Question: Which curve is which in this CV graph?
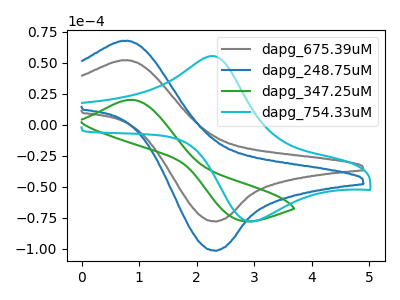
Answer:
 <answer>The gray curve is labeled "dapg_675.39uM". The blue curve is labeled "dapg_248.75uM". The green curve is labeled "dapg_347.25uM". The cyan curve is labeled "dapg_754.33uM".</answer>
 <eval></eval>